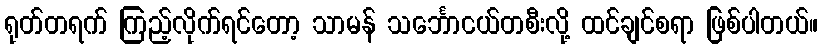
ရုတ်တရက် ကြည့်လိုက်ရင်တော့ သာမန် သင်္ဘောငယ်တစီးလို့ ထင်ချင်စရာ ဖြစ်ပါတယ်။